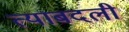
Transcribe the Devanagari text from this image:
त्याबदली